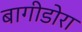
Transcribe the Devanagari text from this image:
बागीडोरा